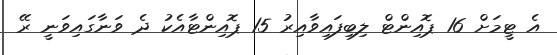
އެ ޓީމަށް 16 ޕޮއިންޓް ލިބިފައިވާއިރު 15 ޕޮއިންޓާއެކު ދެ ވަނާގައިވަނީ ރޭ